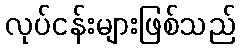
လုပ်ငန်းများဖြစ်သည်